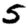
Digit: 5